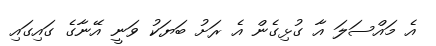
އެ މައްސަލަ އާ ގުޅިގެން އެ ރަށު ބަޔަކު ވަނީ އޭނާގެ ގައިގައި